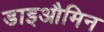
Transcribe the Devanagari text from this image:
डाइऔमिन